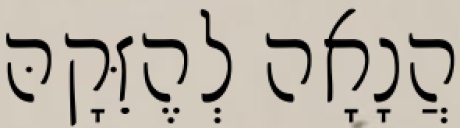
הֲנָאָה לְהֶזֵּקָהּ